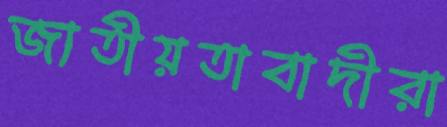
জাতীয়তাবাদীরা